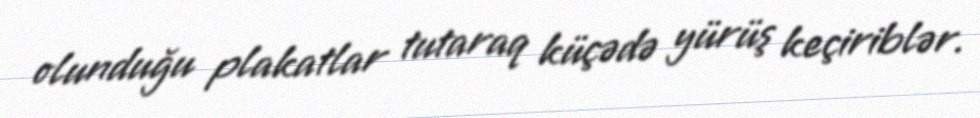
olunduğu plakatlar tutaraq küçədə yürüş keçiriblər.